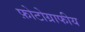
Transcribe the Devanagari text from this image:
फ़ोटोग्राफीय